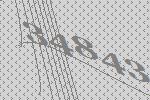
34843